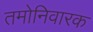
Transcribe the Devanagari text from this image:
तमोनिवारक